Insane asylums in Bengal annual reports 1867-1875 - 1867-1875
Year: 1867
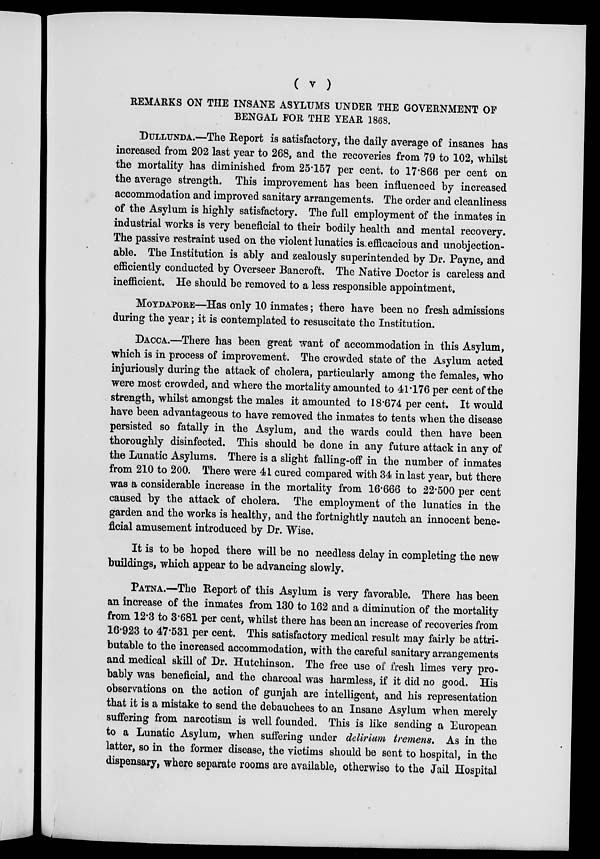
( v )
REMARKS ON THE INSANE ASYLUMS UNDER THE GOVERNMENT OF
BENGAL FOR THE YEAR 1868.
DULLUNDA.—The Report is satisfactory, the daily average of insanes has
increased from 202 last year to 268, and the recoveries from 79 to 102, whilst
the mortality has diminished from 25.157 per cent. to 17.866 per cent on
the average strength. This improvement has been influenced by increased
accommodation and improved sanitary arrangements. The order and cleanliness
of the Asylum is highly satisfactory. The full employment of the inmates in
industrial works is very beneficial to their bodily health and mental recovery.
The passive restraint used on the violent lunatics is efficacious and unobjection-
able. The Institution is ably and zealously superintended by Dr. Payne, and
efficiently conducted by Overseer Bancroft. The Native Doctor is careless and
inefficient. He should be removed to a less responsible appointment,
MOYDAPORE—Has only 10 inmates; there have been no fresh admissions
during the year; it is contemplated to resuscitate the Institution.
DACCA.—There has been great want of accommodation in this Asylum,
which is in process of improvement. The crowded state of the Asylum acted
injuriously during the attack of cholera, particularly among the females, who
were most crowded, and where the mortality amounted to 41.176 per cent of the
strength, whilst amongst the males it amounted to 18.674 per cent. It would
have been advantageous to have removed the inmates to tents when the disease
persisted so fatally in the Asylum, and the wards could then have been
thoroughly disinfected. This should be done in any future attack in any of
the Lunatic Asylums. There is a slight falling-off in the number of inmates
from 210 to 200. There were 41 cured compared with 34 in last year, but there
was a considerable increase in the mortality from 16.666 to 22.500 per cent
caused by the attack of cholera. The employment of the lunatics in the
garden and the works is healthy, and the fortnightly nautch an innocent bene-
ficial amusement introduced by Dr. Wise.
It is to be hoped there will be no needless delay in completing the new
buildings, which appear to be advancing slowly.
PATNA.—The Report of this Asylum is very favorable. There has been
an increase of the inmates from 130 to 162 and a diminution of the mortality
from 12.3 to 3.681 per cent, whilst there has been an increase of recoveries from
16.923 to 47.531 per cent. This satisfactory medical result may fairly be attri-
butable to the increased accommodation, with the careful sanitary arrangements
and medical skill of Dr. Hutchinson. The free use of fresh limes very pro-
bably was beneficial, and the charcoal was harmless, if it did no good. His
observations on the action of gunjah are intelligent, and his representation
that it is a mistake to send the debauchees to an Insane Asylum when merely
suffering from narcotism is well founded. This is like sending a European
to a Lunatic Asylum, when suffering under delirium tremens. As in the
latter, so in the former disease, the victims should be sent to hospital, in the
dispensary, where separate rooms are available, otherwise to the Jail Hospital